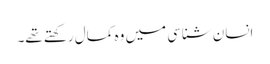
انسان شناسی میں وہ کمال رکھتے تھے۔